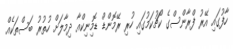
ހާފުގައި އޭރު ފްރާންސްގެ ކޯޗުކަމުގައި ހުރި ރޭމޮންޑް ޑޮމިނިކްއާ ދިމާލަށް ހުތުރު ބަސްތަކެއް